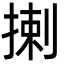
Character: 揦